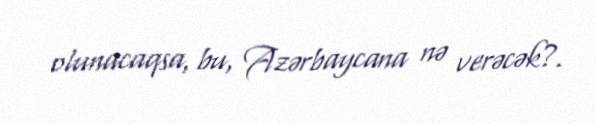
olunacaqsa, bu, Azərbaycana nə verəcək?.